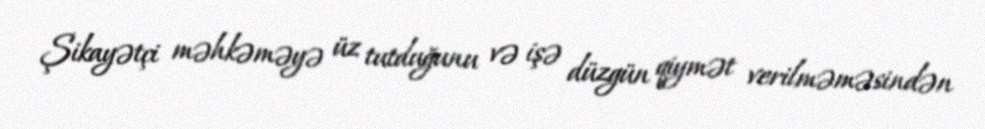
Şikayətçi məhkəməyə üz tutduğunu və işə düzgün qiymət verilməməsindən